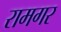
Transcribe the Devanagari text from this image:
रामगर